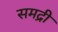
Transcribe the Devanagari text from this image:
समद्री